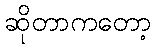
ဆိုတာကတော့